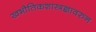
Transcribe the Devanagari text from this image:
खभौतिकशास्त्रज्ञावरुन